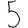
Digit: 5